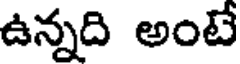
ఉన్నది అంటే